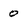
Character: o